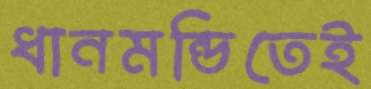
ধানমন্ডিতেই